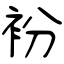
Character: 衯